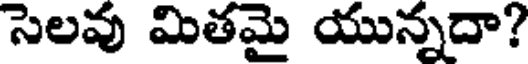
సెలవు మితమై యున్నదా?